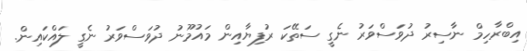
އިބްރާހިމް ނާސިރު ދުވަސްވަރު ނެގީ ސަތޭކަ ރުފިޔާއިން މައުމޫނު ދުވަސްވަރު ނެގީ ލައްކައިން.